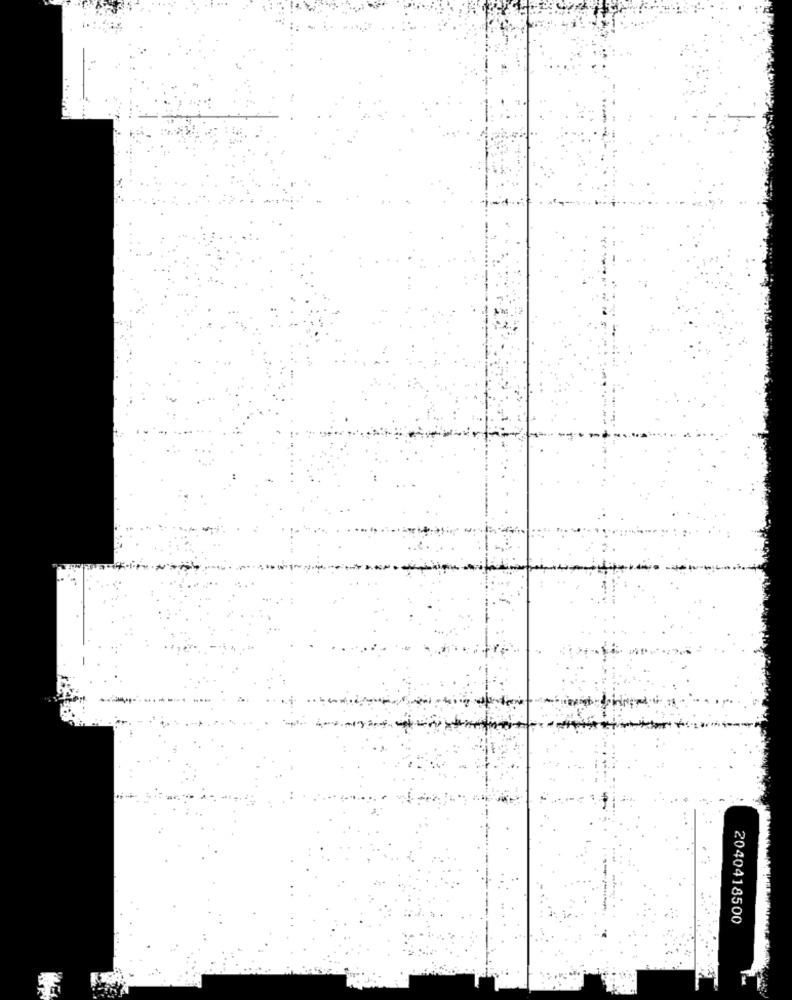
2040418500